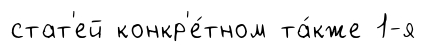
стат'ей конкр'е́тном та́кже 1-я